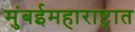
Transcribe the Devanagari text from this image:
मुंबईमहाराष्ट्रात